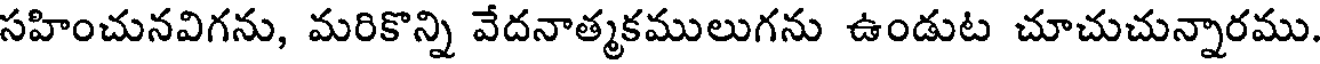
సహించునవిగను, మరికొన్ని వేదనాత్మకములుగను ఉండుట చూచుచున్నారము.